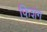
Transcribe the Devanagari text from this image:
फ़िशंग